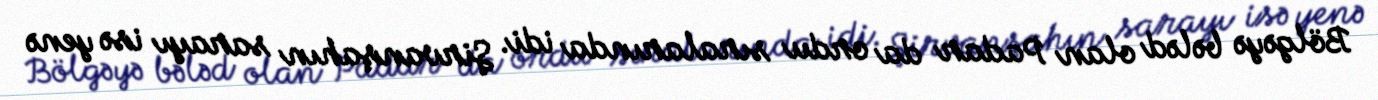
Bölgəyə bələd olan Padar da ordu sıralarında idi. Şirvanşahın sarayı isə yenə